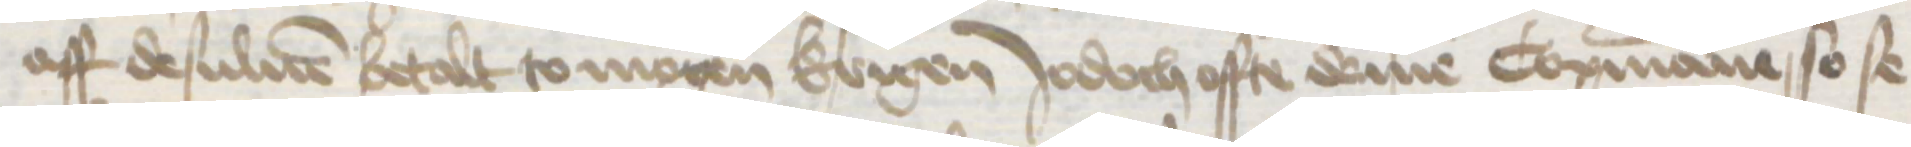
aff desuluen betalt to mogen krigen Jodoch offte deme Copmanne so se